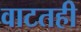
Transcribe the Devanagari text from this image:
वाटतही